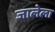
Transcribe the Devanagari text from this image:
जालेला